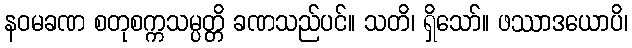
နဝမခဏ စတုစက္ကသမ္ပတ္တိ ခဏသည်ပင်။ သတိ၊ ရှိသော်။ ဖဿာဒယောပိ၊